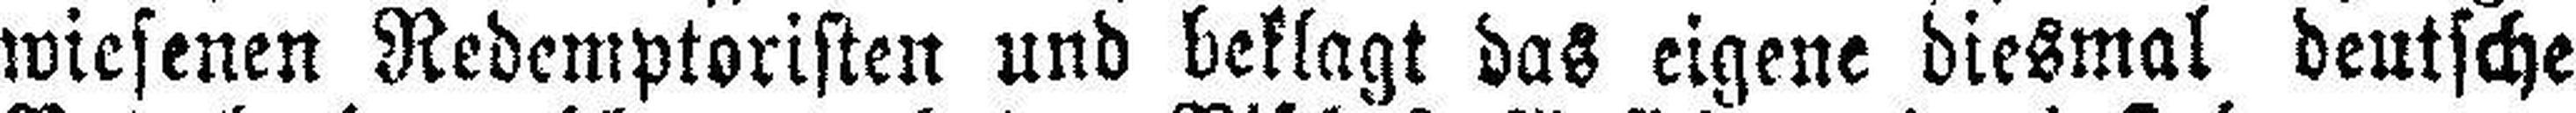
wiesenen Redemptoristen und beklagt das eigene diesmal deutsche